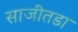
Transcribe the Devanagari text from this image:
साजीतडा